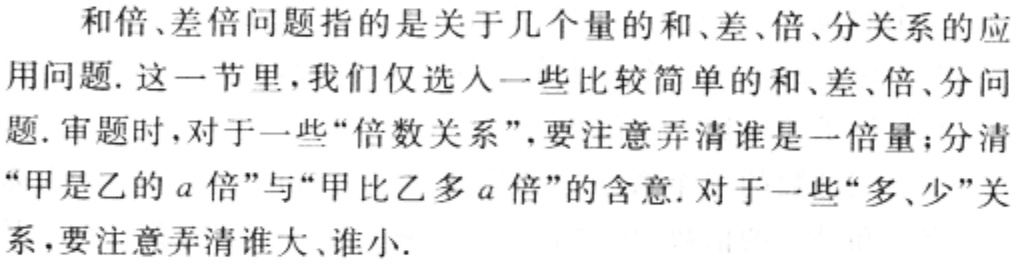
和倍、差倍问题指的是关于几个量的和、差、倍、分关系的应用问题. 这一节里, 我们仅选入一些比较简单的和、差、倍、分问题. 审题时, 对于一些“倍数关系”, 要注意弄清谁是一倍量；分清“甲是乙的\(a\)倍”与“甲比乙多\(a\)倍”的含意. 对于一些“多、少”关系, 要注意弄清谁大、谁小.